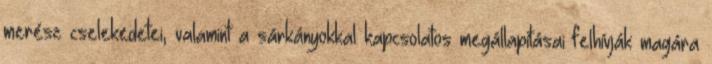
merész cselekedetei, valamint a sárkányokkal kapcsolatos megállapításai felhívják magára